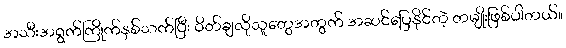
အသီးအရွက်ကြိုက်နှစ်သက်ပြီး ဝိတ်ချလိုသူတွေအတွက် အဆင်ပြေနိုင်တဲ့ တမျိုးဖြစ်ပါတယ်။